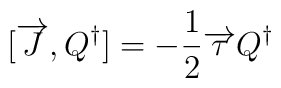
[ \overrightarrow{J},Q^\dagger ] = - \frac{1}{2}\overrightarrow{\tau}Q^\dagger